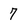
Character: 7